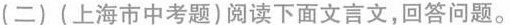
(二)(上海市中考题)阅读下面文言文，回答问题。